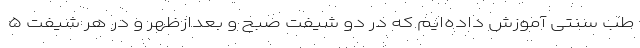
طب سنتی آموزش داده‌ایم که در دو شیفت صبح و بعدازظهر و در هر شیفت ۵